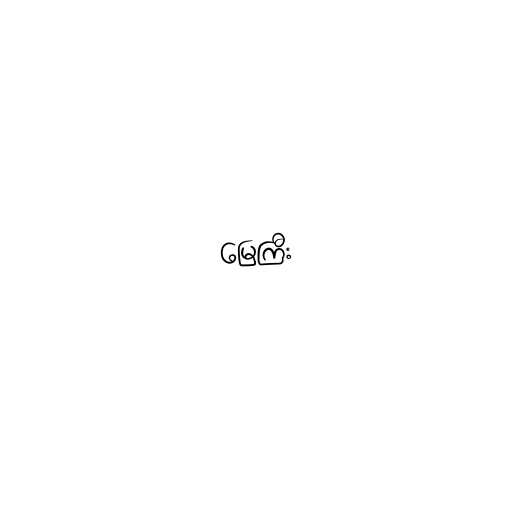
မြေကြီး